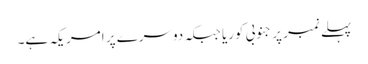
پہلے نمبر پر جنوبی کوریا جبکہ دوسرے پر امریکہ ہے۔